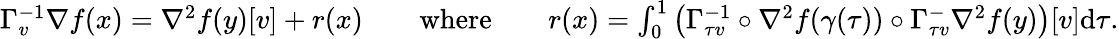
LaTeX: \begin{array}{rlrlr}{\Gamma_{v}^{-1}\nabla f(x)=\nabla^{2}f(y)[v]+r(x)}&{}&{\mathrm{where}}&{}&{r(x)=\int_{0}^{1}\big(\Gamma_{\tau v}^{-1}\circ\nabla^{2}f(\gamma(\tau))\circ\Gamma_{\tau v}^-\nabla^{2}f(y)\big)[v]\mathrm{d}\tau.}\end{array}